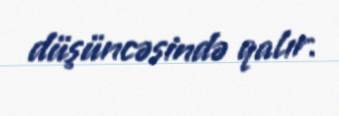
düşüncəsində qalır.